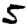
Digit: 5